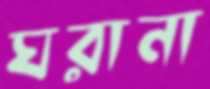
ঘরানা